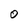
Character: O